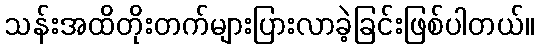
သန်းအထိတိုးတက်များပြားလာခဲ့ခြင်းဖြစ်ပါတယ်။